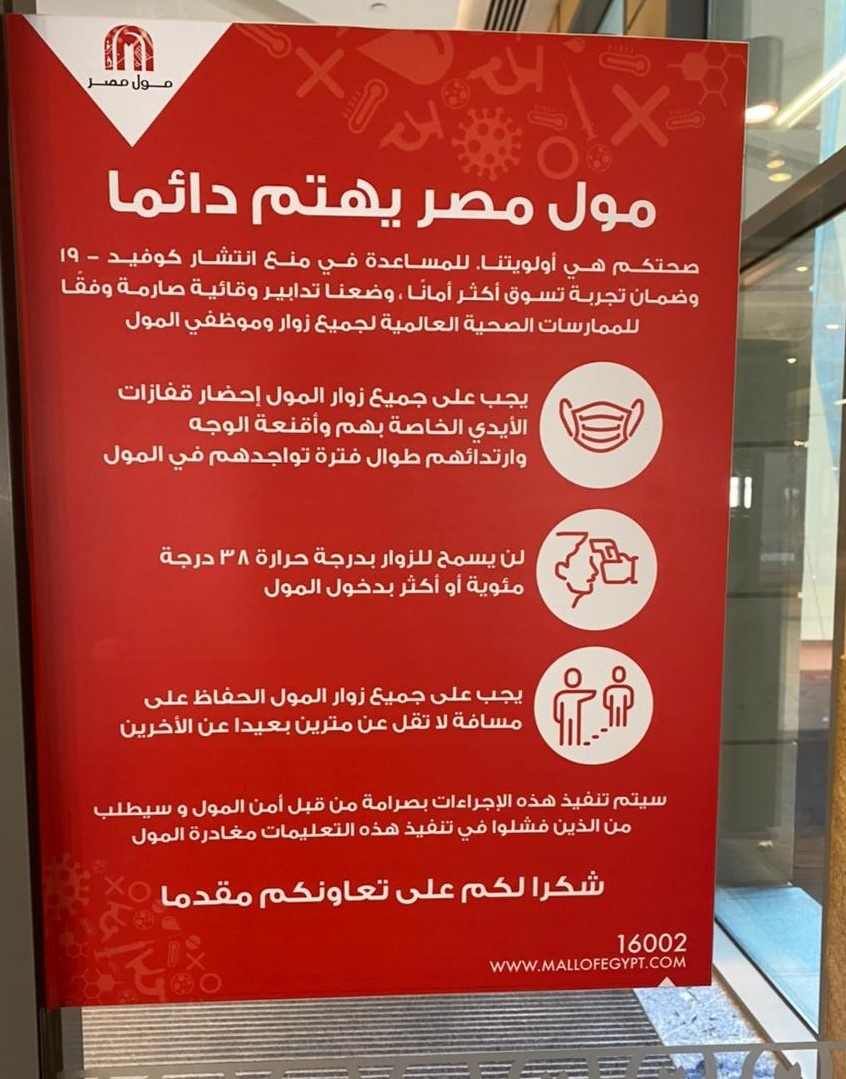
Text in image: مصر مول دائما يهتم مصر مول 19 انتشار كوفيد منع للمساعدة في أولويتنا. صحتكم هي وفقا صارمة أمانا تدابير وقائية وضعنا أكثر تجربة تسوق وضمان المول وموظفي زوار العالمية لجميع الصحية للممارسات قفازات إحضار المول جميع زوار على يجب وأقنعة الوجه الأيدي الخاصة بهم المول طوال فترة تواجدهم وارتدائهم في درجة لن 38 للزوار بدرجة حرارة يسمح مئوية بدخول المول أو أكثر المول يجب على جميع زوار الحفاظ على مسافة لا تقل بعيدا عن عن مترين الأخرين سيتم تنفيذ هذه الإجراءات بصرامة من قبل أمن المول و سيطلب فشلوا تنفيذ الذين من هذه في التعليمات مغادرة المول شكرا لكم على مقدما تعاونكم 16002 WWW.MALLOFEGYPT.COM